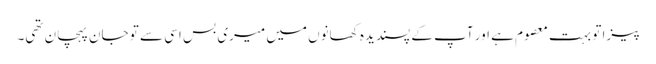
پیزا تو بہت معصوم ہے اور آپ کے پسندیدہ کھانوں میں میری بس اسی سے تو جان پہچان تھی۔